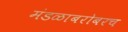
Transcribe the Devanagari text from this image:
मंडळाबरोबरच